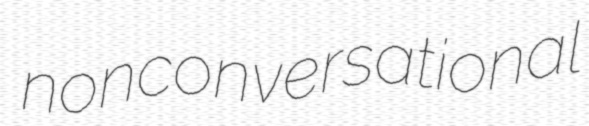
nonconversational